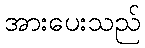
အားပေးသည်